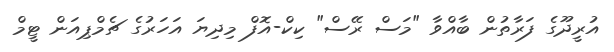
އުރީދޫގެ ފަރާތުން ބާއްވާ "މަސް ރޭސް" ކިކް-އޮފް މިދިޔަ އަހަރުގެ ޗެމްޕިއަން ޓީމް